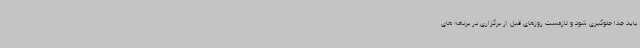
باید جداً جلوگیری شود و لازمست روزهای قبل از برگزاری در برنامه های